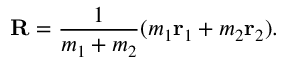
\mathbf { R } = { \frac { 1 } { m _ { 1 } + m _ { 2 } } } ( m _ { 1 } \mathbf { r } _ { 1 } + m _ { 2 } \mathbf { r } _ { 2 } ) .